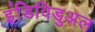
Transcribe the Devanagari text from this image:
इंडिविडुअल